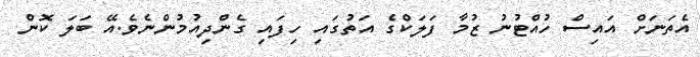
އެތަނަށް އައިސް ހުއްޓުނު ޒުމާ ފަލަކްގެ އަތުގައި ހިފައި ގެންދިއުމުންނެވެ.އޭ ބަލަ ކޮން